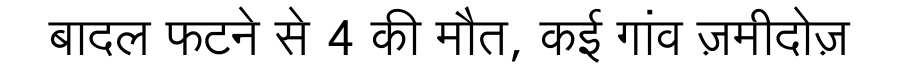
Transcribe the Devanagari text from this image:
बादल फटने से 4 की मौत, कई गांव ज़मीदोज़